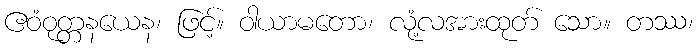
ဧဝံဝုတ္တနယေန၊ ဖြင့်။ ဝါယာမတော၊ လုံ့လအားထုတ် သော။ တဿ၊